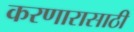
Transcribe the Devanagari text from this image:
करणारासाठी